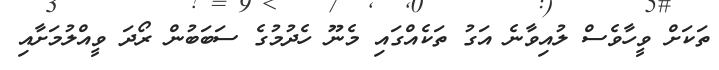
ތަކަށް ވީހާވެސް ލުއިވާނެ އަގު ތަކެއްގައި މެނޫ ހެދުމުގެ ސަބަބުން ރޯދަ ވީއްލުމަށާއި